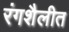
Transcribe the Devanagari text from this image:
रंगशैलीत